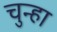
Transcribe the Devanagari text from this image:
चुन्हा